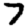
Digit: 7